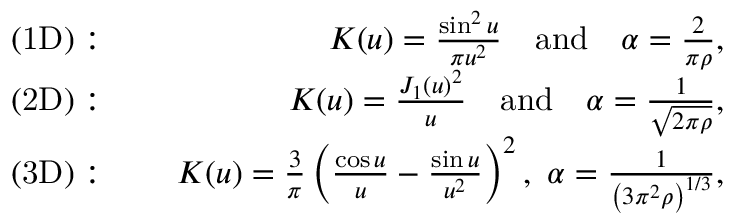
\begin{array} { r l r } { \mathrm { ( 1 D ) } : } & { \ } & { K ( u ) = \frac { \sin ^ { 2 } u } { \pi u ^ { 2 } } \quad \mathrm { a n d } \quad \alpha = \frac { 2 } { \pi \rho } , } \\ { \mathrm { ( 2 D ) } : } & { \ } & { K ( u ) = \frac { J _ { 1 } ( u ) ^ { 2 } } { u } \quad \mathrm { a n d } \quad \alpha = \frac { 1 } { \sqrt { 2 \pi \rho } } , } \\ { \mathrm { ( 3 D ) } : } & { \ } & { K ( u ) = \frac { 3 } { \pi } \left( \frac { \cos u } { u } - \frac { \sin u } { u ^ { 2 } } \right) ^ { 2 } , \ \alpha = \frac { 1 } { \left( 3 \pi ^ { 2 } \rho \right) ^ { 1 / 3 } } , } \end{array}